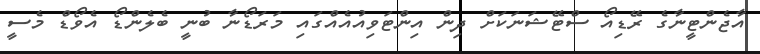
އާޖެންޓީނާގެ ރޭޑިއޯ ސްޓޭޝަނަކަށް ދިން އިންޓަވިއުއެއްގައި މަރަޑޯނާ ބުނީ ބެލެންޑޯ އެވޯޑް މެސީ